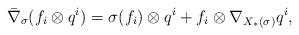
LaTeX: \begin{align*}\bar{\nabla}_\sigma(f_i\otimes q^i)=\sigma(f_i)\otimes q^i+f_i\otimes \nabla_{X_*(\sigma)}q^i,\end{align*}